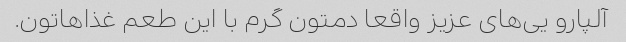
آلپارو یی‌های عزیز واقعا دمتون گرم با این طعم غذاهاتون.